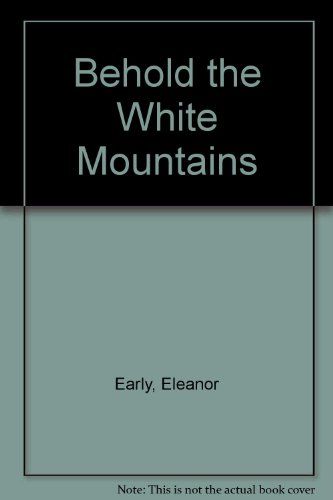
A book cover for Behold the White Mountains; Eleanor Early; Travel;